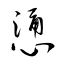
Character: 慂